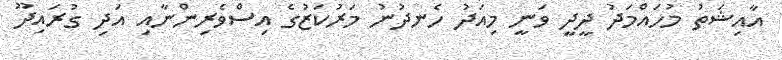
އާއިޝަތު މުހައްމަދު ދީދީ ވަނީ މިއަދު ހެނދުނު މަރުކަޒުގެ އިސްވެރިންނާއި އަދި ގުރައިދޫ